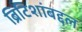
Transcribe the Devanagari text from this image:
ब्रिटिशांबद्दल